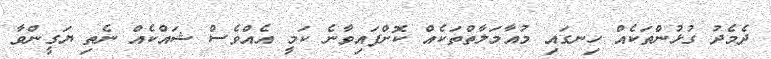
ދެމެދު ގުޅުންތަކެއް ހިނގައި މުއާމަލާތްތަކެއް ކޮށްފައިވާނެ ކަމީ އެއްވެސް ޝައްކެއް ނެތި ޔަގީންވާ